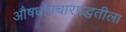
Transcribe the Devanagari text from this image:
औषधोपचारपद्धतीला